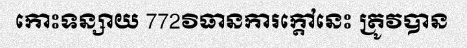
កោះទន្សាយ 772វិធានការក្តៅនេះ ត្រូវបាន